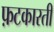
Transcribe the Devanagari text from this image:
फ़टकारती